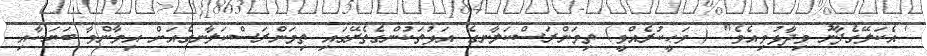
' އެކަލޭގެފާނު ވިދާޅުވިއެވެ'' ( ވަޙީކުރެއްވީ) ތިމަންރަސްކަލާނގެ އަޅުތަކުންގެތެރޭގައި ތިމަންރަސްކަލާނގެއަށް އިމާންވާ ބަޔަކާއި